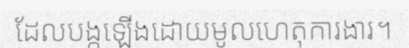
ដែលបង្កឡើងដោយមូលហេតុការងារ។